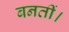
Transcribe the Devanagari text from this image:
बनतीं।